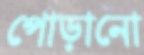
পোড়ানো